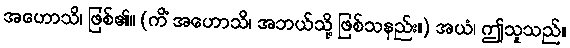
အဟောသိ၊ ဖြစ်၏။ (ကိံ အဟောသိ၊ အဘယ်သို့ ဖြစ်သနည်း။) အယံ၊ ဤသူသည်။